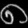
Digit: ၈